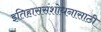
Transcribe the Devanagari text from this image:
इतिहाससंशोधनासाठी